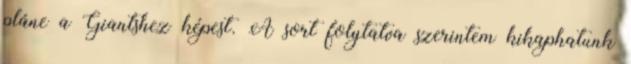
pláne a Giantshez képest. A sort folytatva szerintem kikaphatunk